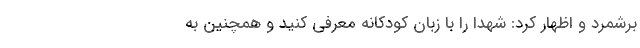
برشمرد و اظهار کرد: شهدا را با زبان کودکانه معرفی کنید و همچنین به